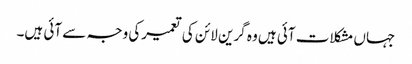
جہاں مشکلات آئی ہیں وہ گرین لائن کی تعمیرکی وجہ سے آئی ہیں۔